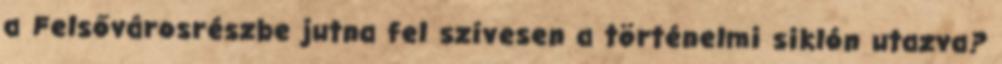
a Felsővárosrészbe jutna fel szívesen a történelmi siklón utazva?